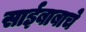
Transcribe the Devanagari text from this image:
साईबाबाचे